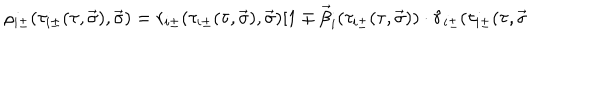
\rho _ { i \pm } ( \tau _ { i \pm } ( \tau , \vec { \sigma } ) , \vec { \sigma } ) = r _ { i \pm } ( \tau _ { i \pm } ( \tau , \vec { \sigma } ) , \vec { \sigma } ) [ 1 \mp \vec { \beta } _ { i } ( \tau _ { i \pm } ( \tau , \vec { \sigma } ) ) \cdot \hat { r } _ { i \pm } ( \tau _ { i \pm } ( \tau , \vec { \sigma }